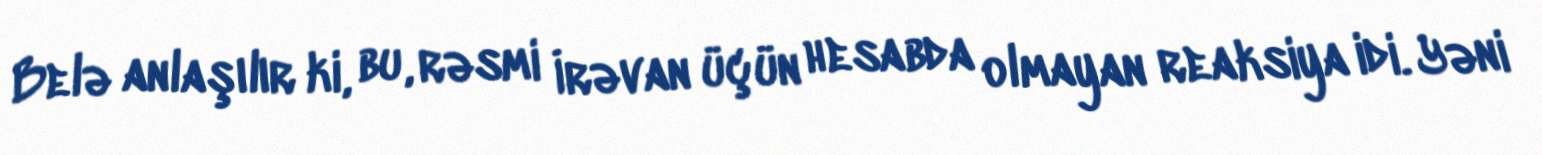
Belə anlaşılır ki, bu, rəsmi İrəvan üçün hesabda olmayan reaksiya idi. Yəni